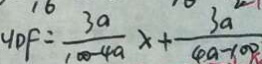
H D F = \frac { 3 a } { 1 0 0 - 4 a } x + \frac { 3 a } { 4 a - 1 0 0 }